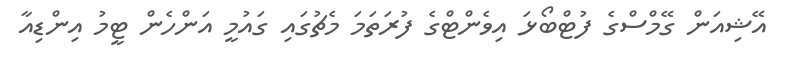
އޭޝިއަން ގޭމްސްގެ ފުޓްބޯޅަ އިވެންޓްގެ ފުރަތަމަ މެޗުގައި ގައުމީ އަންހެން ޓީމު އިންޑިއާ